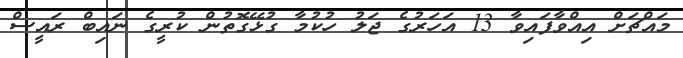
މައްޗަށް އިއްވާފައިވާ 13 އަހަރުގެ ޖަލު ހުކުމާ ގުޅޭގޮތުން ކުރީގެ ނައިބް ރައީސް